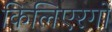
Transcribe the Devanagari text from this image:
किलिएरगो